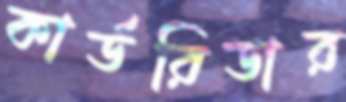
কার্ডরিডার